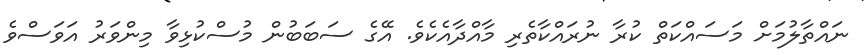
ނައްތާލުމަށް މަސައްކަތް ކުރާ ނުރައްކާތެރި މާއްދާއެކެވެ. އޭގެ ސަބަބުން މުސްކުޅިވާ މިންވަރު އަވަސްވެ